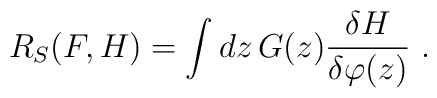
R_{S}(F,H)= \int dz\, G(z)\frac{\delta H}{\delta\varphi(z)}\ .